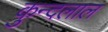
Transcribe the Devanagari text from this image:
कुन्दलाल